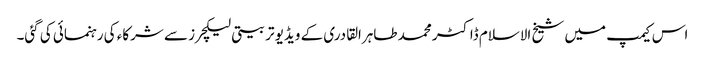
اس کیمپ میں شیخ الاسلام ڈاکٹر محمد طاہرالقادری کے ویڈیو تربیتی لیکچرز سے شرکاء کی رہنمائی کی گئی۔